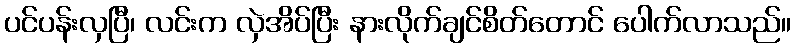
ပင်ပန်းလှပြီ၊ လင်းက လှဲအိပ်ပြီး နားလိုက်ချင်စိတ်တောင် ပေါက်လာသည်။